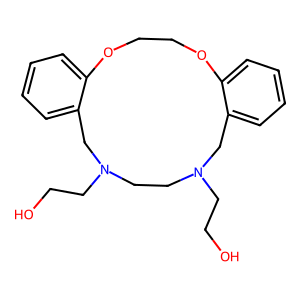
SMILES: OCCN1CCN(CCO)Cc2ccccc2OCCOc2ccccc2C1
Inhibits HIV replication: No